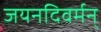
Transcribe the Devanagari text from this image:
जयनदिवर्मन्